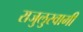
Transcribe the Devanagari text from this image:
राजुलुस्वामी